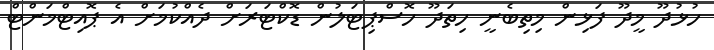
ހުޅުދޫ މީދޫ ފަޅިން މިތިބެނީ ހިތަދޫ ހޮސްޕިޓަލުން ޑޮކްޓަރަށް ދެއްކުމަށް އެ ޕޮއިޓްމަންޓް